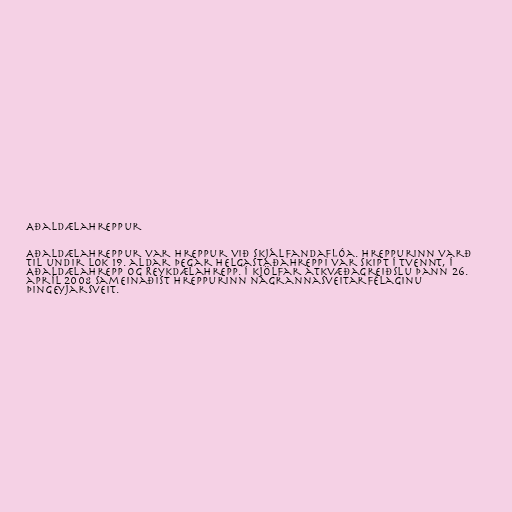
Aðaldælahreppur

Aðaldælahreppur var hreppur við Skjálfandaflóa. Hreppurinn varð
til undir lok 19. aldar þegar Helgastaðahreppi var skipt í tvennt, í
Aðaldælahrepp og Reykdælahrepp. Í kjölfar atkvæðagreiðslu þann 26.
apríl 2008 sameinaðist hreppurinn nágrannasveitarfélaginu
Þingeyjarsveit.